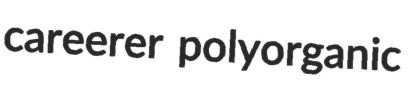
careerer polyorganic